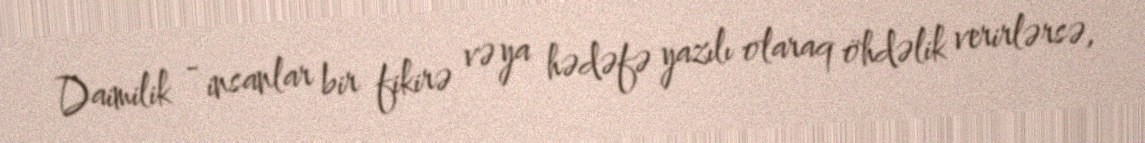
Daimilik - insanlar bir fikirə və ya hədəfə yazılı olaraq öhdəlik verirlərsə,